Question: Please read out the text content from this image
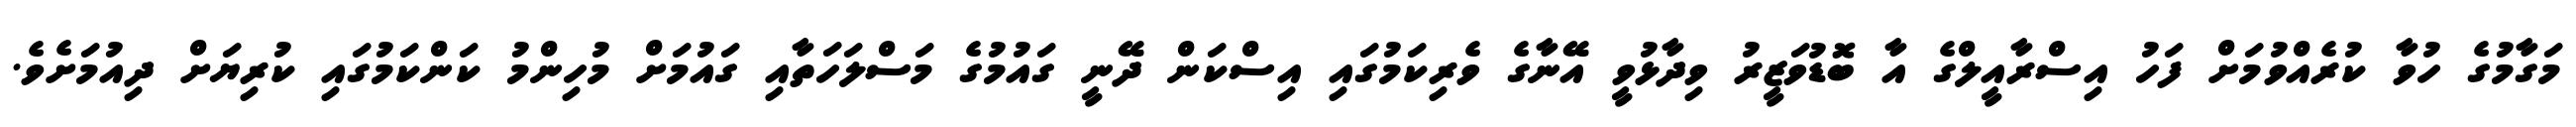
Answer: މަގާމުގެ ހުވާ ކުރެއްވުމަށް ފަހު އިސްރާއީލްގެ އާ ބޮޑުވަޒީރު ވިދާޅުވީ އޭނާގެ ވެރިކަމުގައި އިސްކަން ދޭނީ ގައުމުގެ މަސްލަހަތާއި ގައުމަށް މުހިންމު ކަންކަމުގައި ކުރިޔަށް ދިއުމަށެވެ.